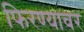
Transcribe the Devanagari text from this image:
फिरण्यावर